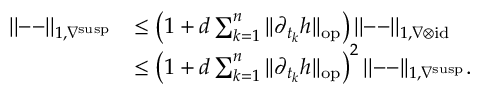
\begin{array} { r l } { | | \mathrm { -- } | | _ { 1 , \nabla ^ { \mathrm { s u s p } } } } & { \leq \left( 1 + d \sum _ { k = 1 } ^ { n } | | \partial _ { t _ { k } } h | | _ { \mathrm { o p } } \right) | | \mathrm { -- } | | _ { 1 , \nabla \otimes \mathrm { i d } } } \\ & { \leq \left( 1 + d \sum _ { k = 1 } ^ { n } | | \partial _ { t _ { k } } h | | _ { \mathrm { o p } } \right) ^ { 2 } | | \mathrm { -- } | | _ { 1 , \nabla ^ { \mathrm { s u s p } } } . } \end{array}